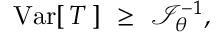
\operatorname { V a r } [ \, T \, ] \ \geq \ { \mathcal { I } } _ { \theta } ^ { - 1 } ,